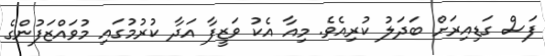
ފަސް ގަޑިއިރަށް ބަދަލު ކުރިއެވެ. މިއާ އެކު ވަޒީފާ އަދާ ކުރުމުގައި މުވައްޒަފުންގެ